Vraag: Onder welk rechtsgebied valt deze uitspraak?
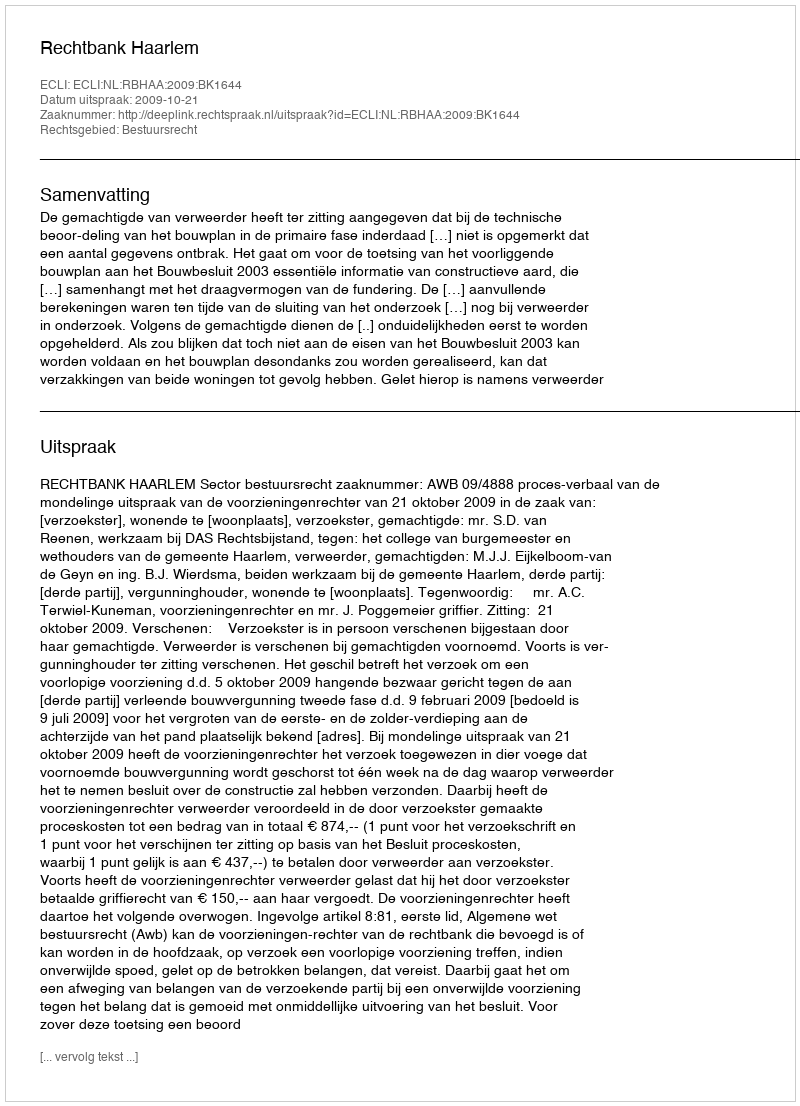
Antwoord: Bestuursrecht